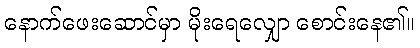
နောက်ဖေးဆောင်မှာ မိုးရေလျှော စောင်းနေ၏။